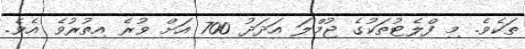
ތަކެވެ. މި ފްލެޓުތަކުގެ ޖުމްލަ އަދަދު 700 އަށް ވުރެ އިތުރުވެ އެވެ.